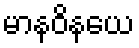
မာနဝိနယေ